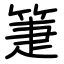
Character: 箑